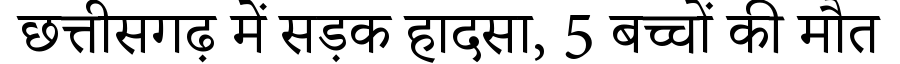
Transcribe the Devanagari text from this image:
छत्तीसगढ़ में सड़क हादसा, 5 बच्चों की मौत